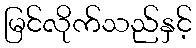
မြင်လိုက်သည်နှင့်